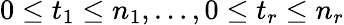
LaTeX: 0\leq t_{1}\leq n_{1},\dots,0\leq t_{r}\leq n_{r}